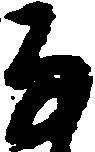
な